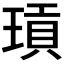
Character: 𭹫